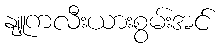
နျူကလီးယားစွမ်းအင်